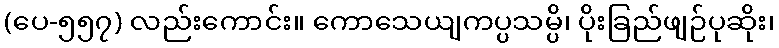
(ပေ-၅၅၇) လည်းကောင်း။ ကောသေယျကပ္ပသမ္ပိ၊ ပိုးခြည်ဖျဉ်ပုဆိုး၊